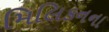
મિલિકનના